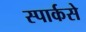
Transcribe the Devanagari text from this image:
स्पार्कसे